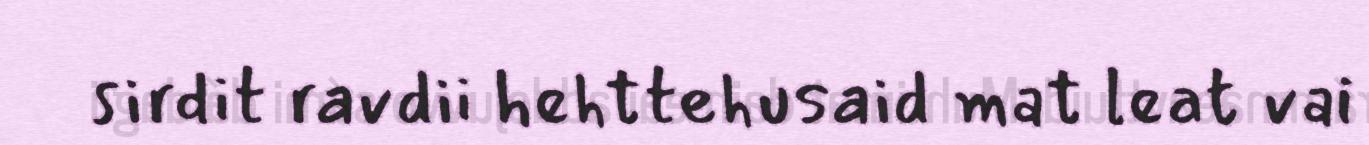
sirdit ravdii hehttehusaid mat leat vai